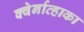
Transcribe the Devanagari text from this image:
क्वेर्नाव्हाका